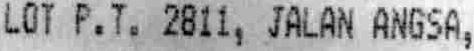
LOT P. T. 2811, JALAN ANGSA,